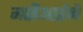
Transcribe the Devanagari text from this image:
मरीआईने